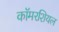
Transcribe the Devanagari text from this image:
कॉमरशियल